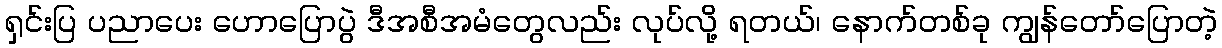
ရှင်းပြ ပညာပေး ဟောပြောပွဲ ဒီအစီအမံတွေလည်း လုပ်လို့ ရတယ်၊ နောက်တစ်ခု ကျွန်တော်ပြောတဲ့